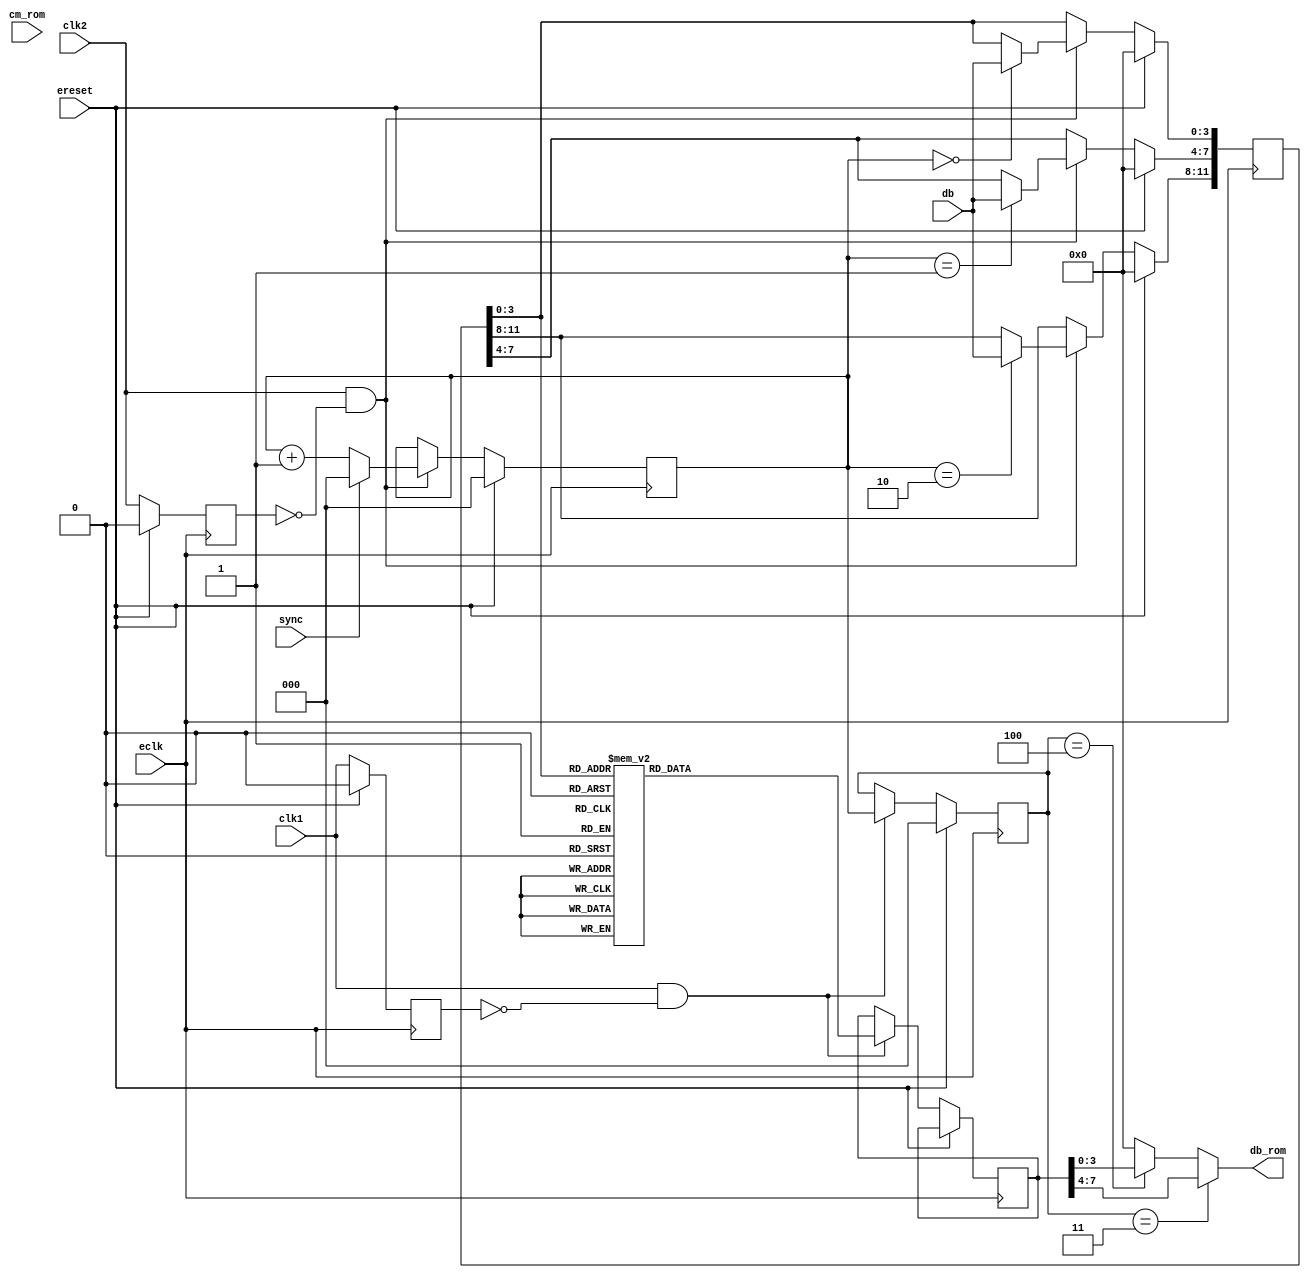
module rom_4004(
  input eclk, ereset,
  input clk1, clk2, sync, cm_rom,
  input [3:0] db,
  output [3:0] db_rom
);

  reg [11:0] a;
  reg [7:0] d;

  always @(a)
    case (a[3:0])
      4'd0: d = 8'hd5;
      4'd1: d = 8'hd6;
      4'd2: d = 8'hf2;
      4'd3: d = 8'hf2;
      4'd4: d = 8'hf2;
      4'd5: d = 8'hf2;
      4'd6: d = 8'hf2;
      4'd7: d = 8'h40;
      4'd8: d = 8'h06;
      4'd9: d = 8'h00;
      4'd10: d = 8'h00;
      4'd11: d = 8'h00;
      4'd12: d = 8'h00;
      4'd13: d = 8'h00;
      4'd14: d = 8'h00;
      4'd15: d = 8'h00;
    endcase

  reg [2:0] c,c1;
  reg clk1p;
  reg clk2p;
  reg [7:0] d1;

  always @(posedge eclk)
    if (ereset) begin
      c <= 0;
      c1 <= 0;
      clk1p <= 0;
      clk2p <= 0;
      a <= 0;
    end else begin
      clk1p <= clk1;
      clk2p <= clk2;
      if (clk2 & !clk2p) begin
        c <= sync ? 0 : c+1;
        if (c==3'd0)
          a[3:0] <= db;
        if (c==3'd1)
          a[7:4] <= db;
        if (c==3'd2)
          a[11:8] <= db;
      end
      if (clk1 & !clk1p) begin
        c1 <= c;
        d1 <= d;
      end
    end

  assign db_rom = (c1==3'd3) ? d1[7:4] : (c1==3'd4) ? d1[3:0] : 4'h0;

endmodule